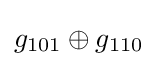
g_{101}\oplus g_{110}